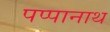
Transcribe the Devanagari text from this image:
पप्पानाथ